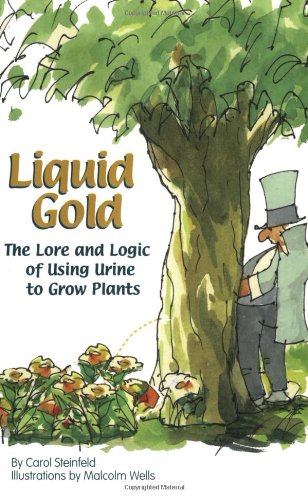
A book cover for Liquid Gold: The Lore and Logic of Using Urine to Grow Plants; Carol Steinfeld; Humor & Entertainment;